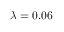
\lambda = 0 . 0 6